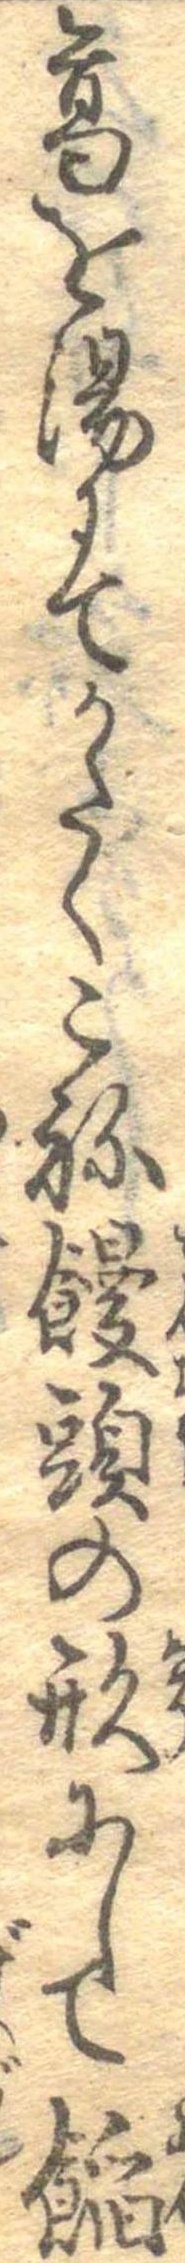
葛を湯にてかたくこね饅頭の形にして饀